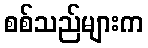
စစ်သည်များက